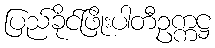
ပြည်ခိုင်ဖြိုးပါတီဥက္ကဋ္ဌ